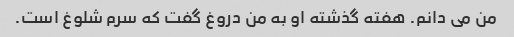
من می دانم. هفته گذشته او به من دروغ گفت که سرم شلوغ است.